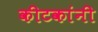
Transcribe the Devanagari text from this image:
कीटकांनी